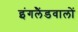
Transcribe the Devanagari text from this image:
इंगलैंडवालों